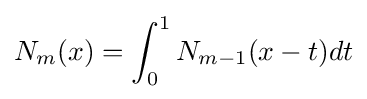
N_{m}(x)=\int _{0}^{1}N_{m-1}(x-t)dt